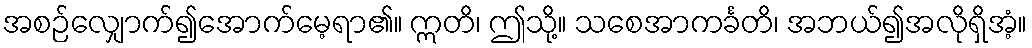
အစဉ်လျှောက်၍အောက်မေ့ရာ၏။ ဣတိ၊ ဤသို့။ သစေအာကင်္ခတိ၊ အဘယ်၍အလိုရှိအံ့။